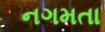
નગમતા